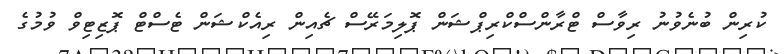
ކުރިން ބުނެވުނު ރިވާސް ޓްރާންސްކްރިޕްޝަން ޕޮލިމަރޭސް ޗެއިން ރިއެކްޝަން ޓެސްޓް ޕޮޒިޓިވް ވުމުގެ